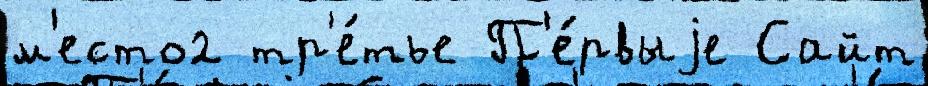
м'есто2 тр'е́тье П'е́рвыjе Сайт